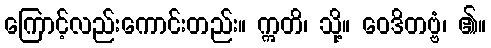
ကြောင့်လည်းကောင်းတည်း။ ဣတိ၊ သို့။ ဝေဒိတဗ္ဗံ၊ ၏။